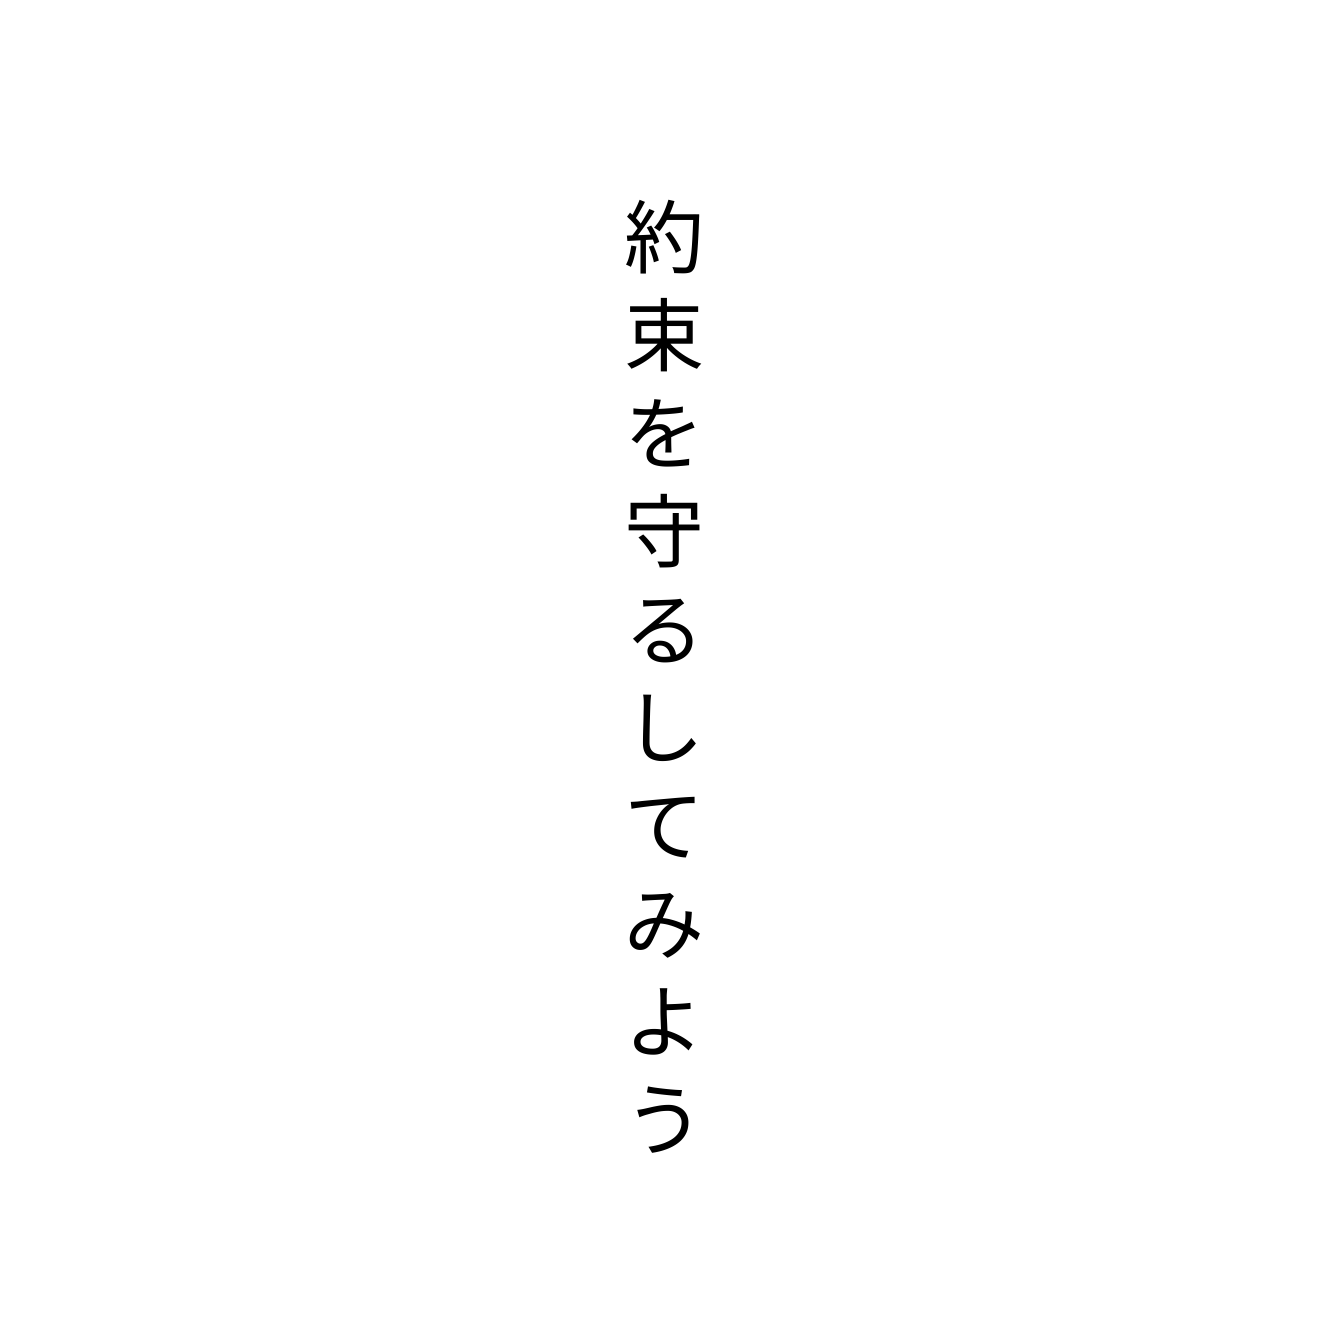
約束を守るしてみよう